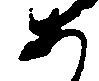
あ